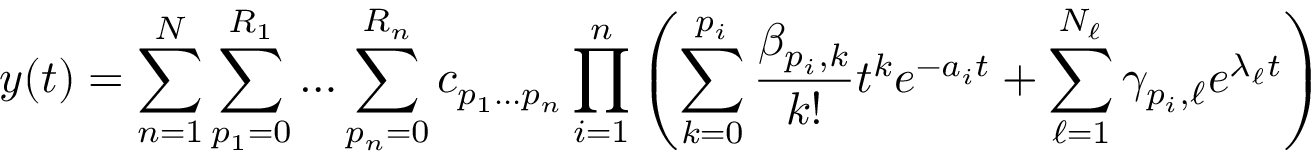
y ( t ) = \sum _ { n = 1 } ^ { N } \sum _ { p _ { 1 } = 0 } ^ { R _ { 1 } } \ldots \sum _ { p _ { n } = 0 } ^ { R _ { n } } c _ { p _ { 1 } \ldots p _ { n } } \prod _ { i = 1 } ^ { n } \left( \sum _ { k = 0 } ^ { p _ { i } } \frac { \beta _ { p _ { i } , k } } { k ! } t ^ { k } e ^ { - a _ { i } t } + \sum _ { \ell = 1 } ^ { N _ { \ell } } \gamma _ { p _ { i } , \ell } e ^ { \lambda _ { \ell } t } \right)